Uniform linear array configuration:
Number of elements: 8
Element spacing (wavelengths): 1
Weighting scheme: exponential
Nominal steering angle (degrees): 15
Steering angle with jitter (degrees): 16.784
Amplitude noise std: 0.05
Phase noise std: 0.05

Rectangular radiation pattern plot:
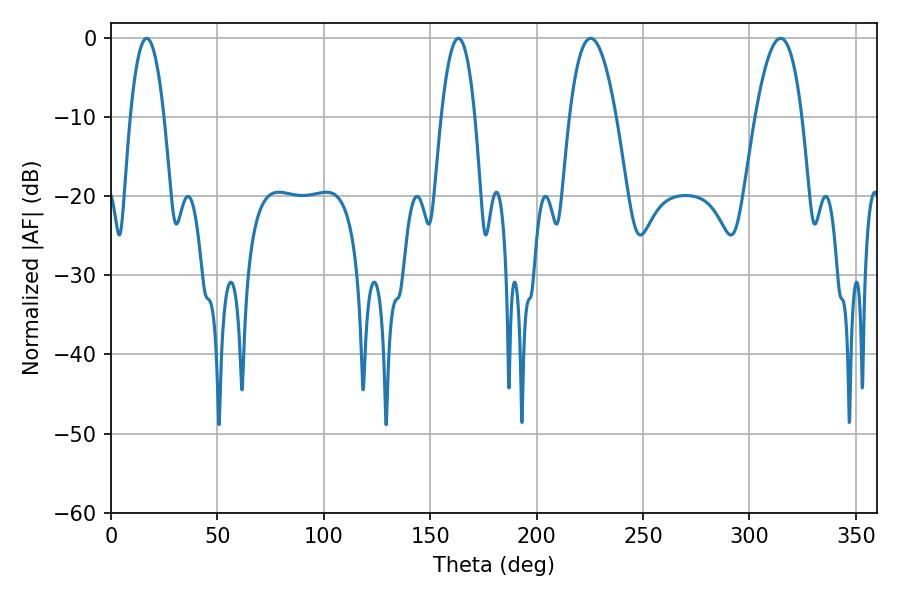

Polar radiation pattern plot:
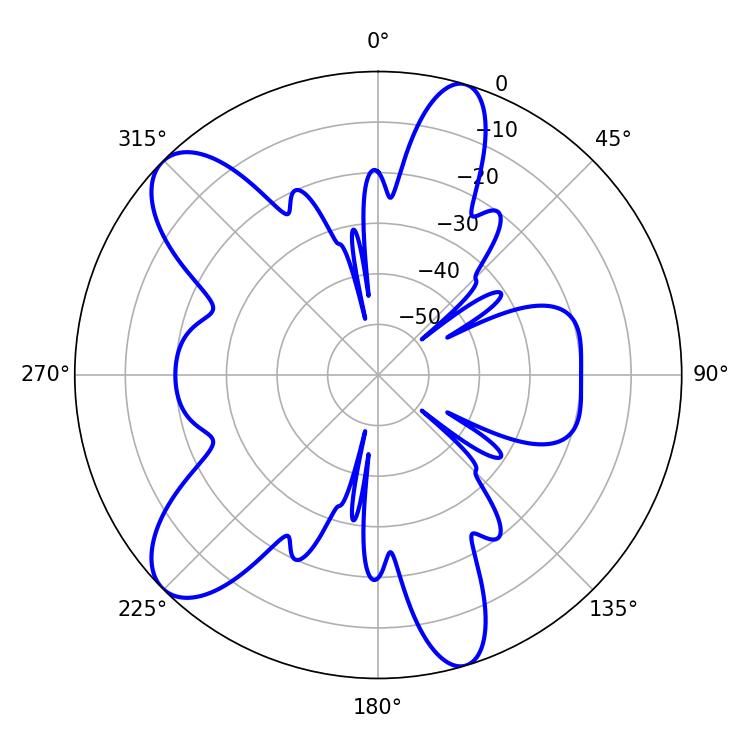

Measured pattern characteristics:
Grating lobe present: TRUE
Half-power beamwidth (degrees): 12.06
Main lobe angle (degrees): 225.36